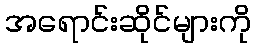
အရောင်းဆိုင်များကို